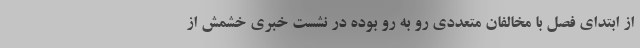
از ابتدای فصل با مخالفان متعددی رو به رو بوده در نشست خبری خشمش از